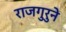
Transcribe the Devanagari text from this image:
राजगुरुने